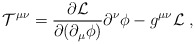
\begin{align*}{\cal T}^{\mu\nu}= \frac{\partial {\cal L}}{\partial (\partial_\mu\phi)} \partial^\nu \phi - g^{\mu\nu} {\cal L} \; ,\end{align*}